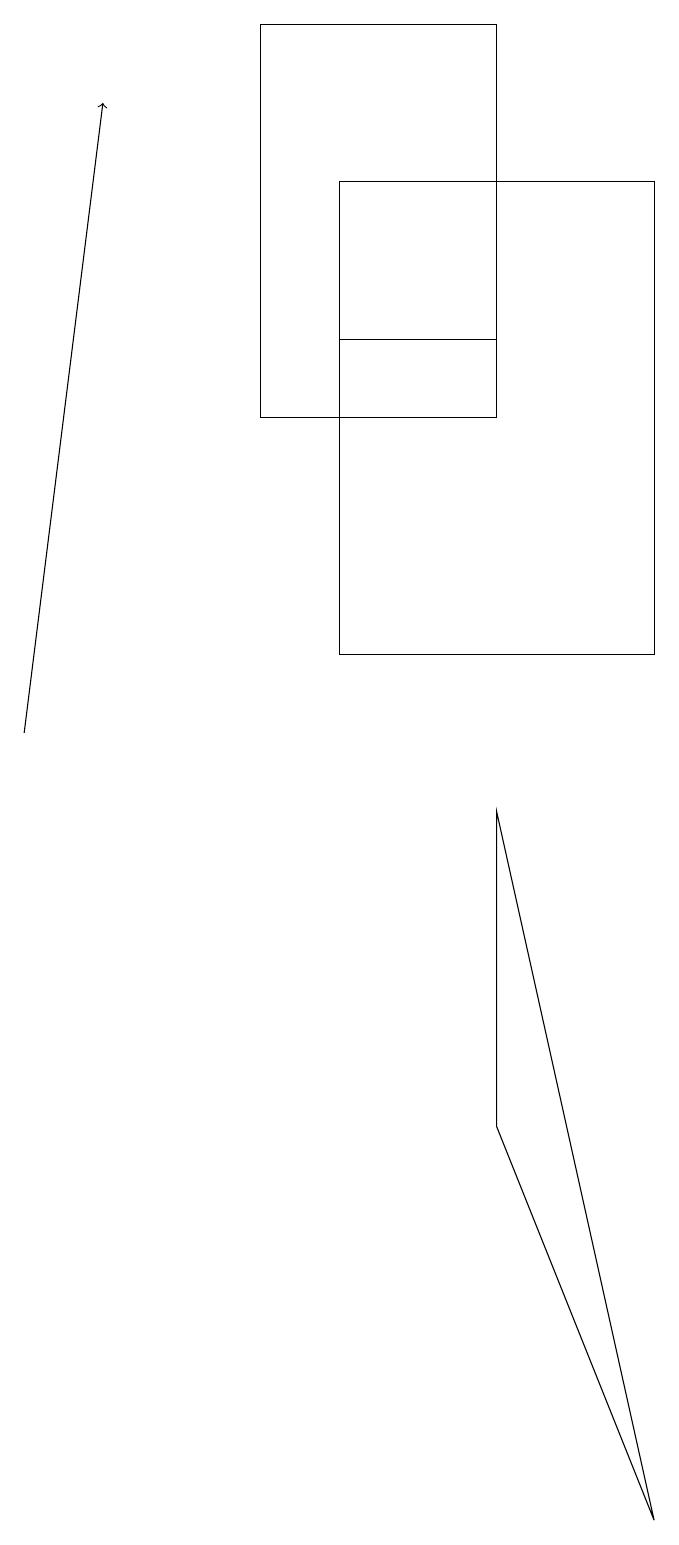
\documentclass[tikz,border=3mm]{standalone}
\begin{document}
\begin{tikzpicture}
\draw (3,19) rectangle (6,14);
\draw (8,0) -- (6,5) -- (6,9) -- cycle;
\draw[->] (0,10) -- (1,18);
\draw (6,15) rectangle (4,15);
\draw (8,11) rectangle (4,17);
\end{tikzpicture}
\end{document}